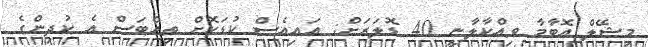
މިޝޭލް އޮބާމާ ވިއްކާލާނީ 40 ޑޮލަރަށް: އައިއެސް ކުޑަކޮށް ތިއްބަސް އެ ކުދިންގެ